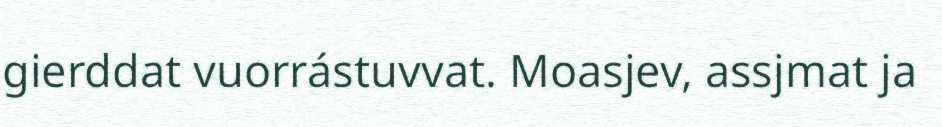
gierddat vuorrástuvvat. Moasjev, assjmat ja